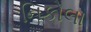
નિકોલા